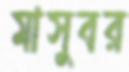
মাসুবর